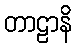
တာဠာနိ